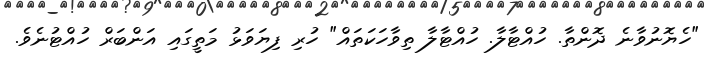
"ހެޔޮނުވާނެ ދޮންތާ. ހުއްޓާލާ. ހުއްޓާލާ ތިވާހަކަތައް" ހުރި ފިޔަވަޅު މަތީގައި އަންބަރް ހުއްޓުނެވެ.